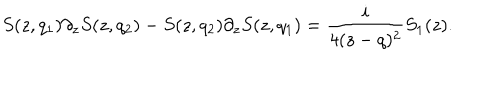
LaTeX: S ( z , q _ { 1 } ) \partial _ { z } S ( z , q _ { 2 } ) - S ( z , q _ { 2 } ) \partial _ { z } S ( z , q _ { 1 } ) = { \frac { i } { 4 ( z - q ) ^ { 2 } } } S _ { 1 } ( z ) .